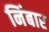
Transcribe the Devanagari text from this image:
निंबार